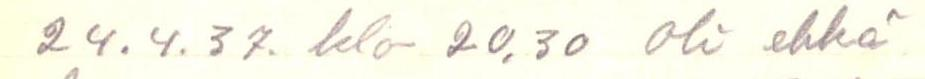
24.4.37. klo 20.30 oli ehkä